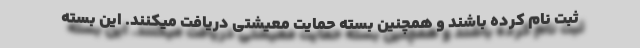
ثبت نام کرده باشند و همچنین بسته حمایت معیشتی دریافت میکنند. این بسته